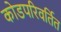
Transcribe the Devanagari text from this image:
कोडपरिवर्तित